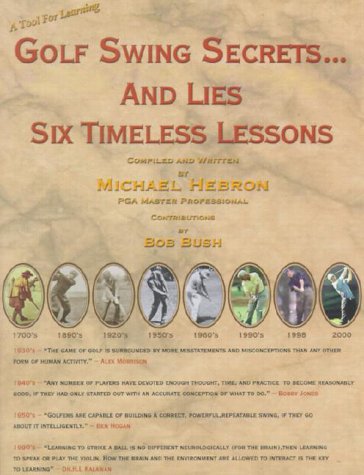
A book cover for Golf Swing Secrets... and Lies: Six Timeless Lessons; Mike Hebron; Sports & Outdoors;